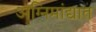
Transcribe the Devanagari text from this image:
अग्निमांद्यात